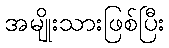
အမျိုးသားဖြစ်ပြီး